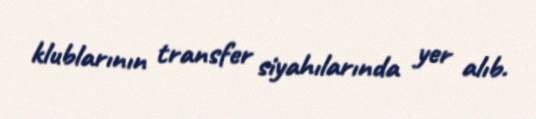
klublarının transfer siyahılarında yer alıb.